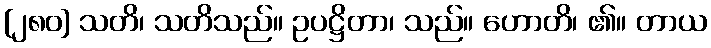
[၂၈၀] သတိ၊ သတိသည်။ ဥပဋ္ဌိတာ၊ သည်။ ဟောတိ၊ ၏။ တာယ